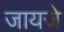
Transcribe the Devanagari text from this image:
जायजे